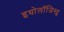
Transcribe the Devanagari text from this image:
इथोलॉजिस्ट्स